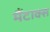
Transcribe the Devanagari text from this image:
मैंटाक्स